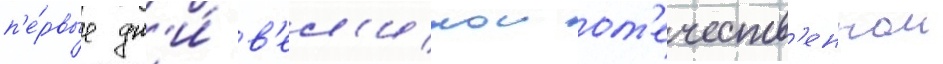
п'е́рвые дн'и́ в'ел'икои от'ечеств'еннои